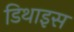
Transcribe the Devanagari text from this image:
डिथाइस